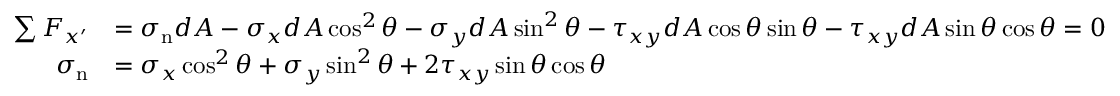
\ { \begin{array} { r l } { \sum F _ { x ^ { \prime } } } & { = \sigma _ { \mathrm { n } } d A - \sigma _ { x } d A \cos ^ { 2 } \theta - \sigma _ { y } d A \sin ^ { 2 } \theta - \tau _ { x y } d A \cos \theta \sin \theta - \tau _ { x y } d A \sin \theta \cos \theta = 0 } \\ { \sigma _ { \mathrm { n } } } & { = \sigma _ { x } \cos ^ { 2 } \theta + \sigma _ { y } \sin ^ { 2 } \theta + 2 \tau _ { x y } \sin \theta \cos \theta } \end{array} }